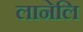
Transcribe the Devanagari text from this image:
लानेलि